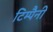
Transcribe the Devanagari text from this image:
टिम्पैनी